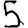
Digit: 5